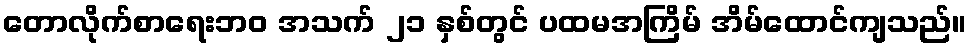
တောလိုက်စာရေးဘဝ အသက် ၂၁ နှစ်တွင် ပထမအကြိမ် အိမ်ထောင်ကျသည်။